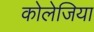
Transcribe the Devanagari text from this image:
कोलेजिया